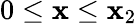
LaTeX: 0\leq\mathbf{x}\leq\mathbf{x}_{2}